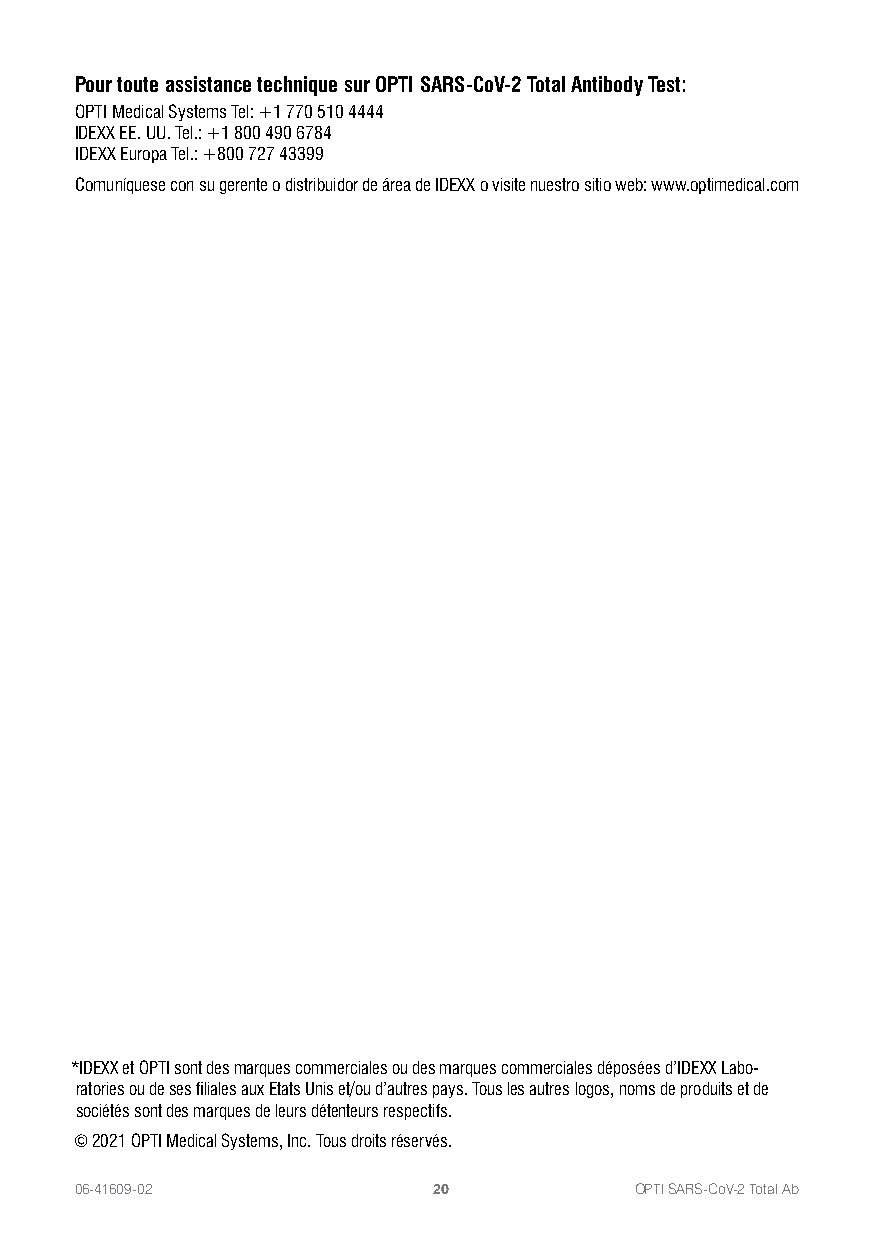
Pour toute assistance technique sur OPTI SARS-CoV-2 Total Antibody Test:
 OPTI Medical Systems Tel: +1 770 510 4444
 IDEXX EE. UU. Tel.: +1 800 490 6784
 IDEXX Europa Tel.: +800 727 43399
 Comuníquese con su gerente o distribuidor de área de IDEXX o visite nuestro sitio web: www.optimedical.com
 *IDEXX et OPTI sont des marques commerciales ou des marques commerciales déposées d’IDEXX Labo-
 ratories ou de ses filiales aux Etats Unis et/ou d’autres pays. Tous les autres logos, noms de produits et de
 sociétés sont des marques de leurs détenteurs respectifs.
 © 2021 OPTI Medical Systems, Inc. Tous droits réservés.
 06-41609-02             20           OPTI SARS-CoV-2 Total Ab